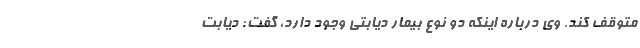
متوقف کند. وی درباره اینکه دو نوع بیمار دیابتی وجود دارد، گفت: دیابت